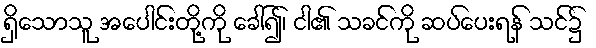
ရှိသောသူ အပေါင်းတို့ကို ခေါ်၍၊ ငါ၏ သခင်ကို ဆပ်ပေးရန် သင်၌